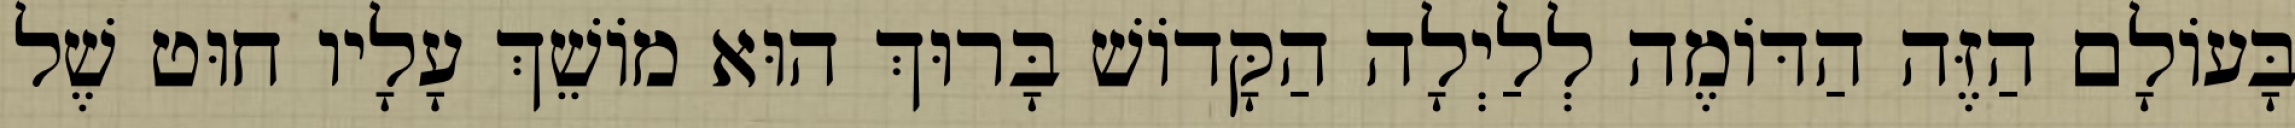
בָּעוֹלָם הַזֶּה הַדּוֹמֶה לְלַיְלָה הַקָּדוֹשׁ בָּרוּךְ הוּא מוֹשֵׁךְ עָלָיו חוּט שֶׁל